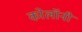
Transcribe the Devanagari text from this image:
कोलॉनी